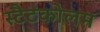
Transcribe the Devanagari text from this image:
स्टैटकोलम